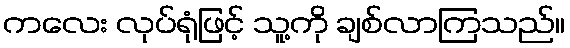
ကလေး လုပ်ရုံဖြင့် သူ့ကို ချစ်လာကြသည်။